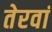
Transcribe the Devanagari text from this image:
तेरवां